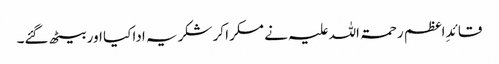
قائدِ اعظم رحمۃ اللہ علیہ نے مسکرا کر شکریہ ادا کیا اور بیٹھ گئے۔